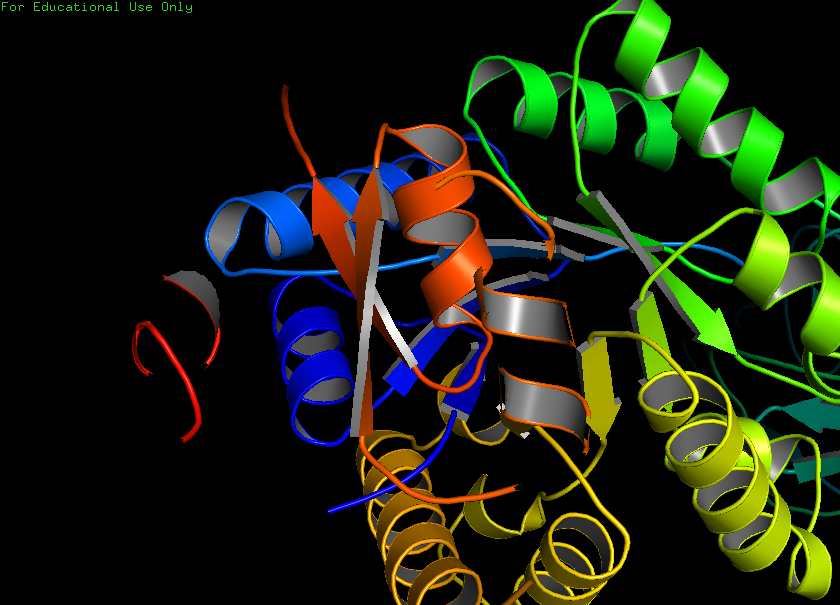
pymol, preset, publication